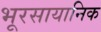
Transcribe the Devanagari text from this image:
भूरसायानिक